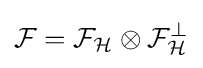
{\mathcal {F}}={\mathcal {F}}_{\mathcal {H}}\otimes {\mathcal {F}}_{\mathcal {H}}^{\perp }